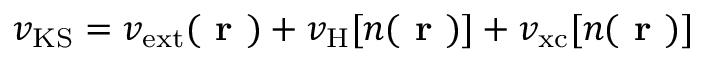
v _ { \mathrm { K S } } = v _ { \mathrm { e x t } } ( \textbf { r } ) + v _ { \mathrm { H } } [ n ( \textbf { r } ) ] + v _ { \mathrm { x c } } [ n ( \textbf { r } ) ]